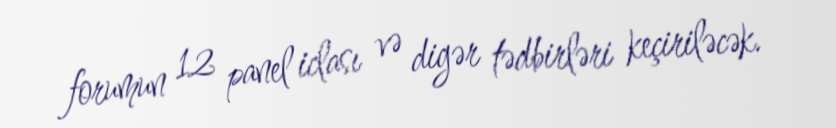
forumun 12 panel iclası və digər tədbirləri keçiriləcək.